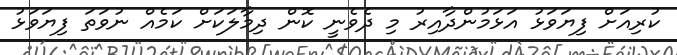
ކުރިއަށް ފިޔަވަޅު އަޅަމުންދާއިރު މި ދެވެނީ ކޮން ދިމާލަކަށް ކަމެއް ނުވަތަ ފިޔަވަޅު